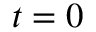
t = 0